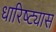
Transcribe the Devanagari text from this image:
धारिष्ट्यास